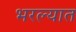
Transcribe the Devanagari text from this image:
भरल्यात